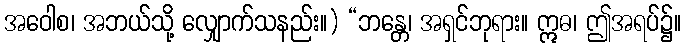
အဝေါစ၊ အဘယ်သို့ လျှောက်သနည်း။) “ဘန္တေ၊ အရှင်ဘုရား။ ဣဓ၊ ဤအရပ်၌။